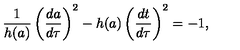
{ \frac { 1 } { h ( a ) } } \left( { \frac { d a } { d \tau } } \right) ^ { 2 } - h ( a ) \left( { \frac { d t } { d \tau } } \right) ^ { 2 } = - 1 ,